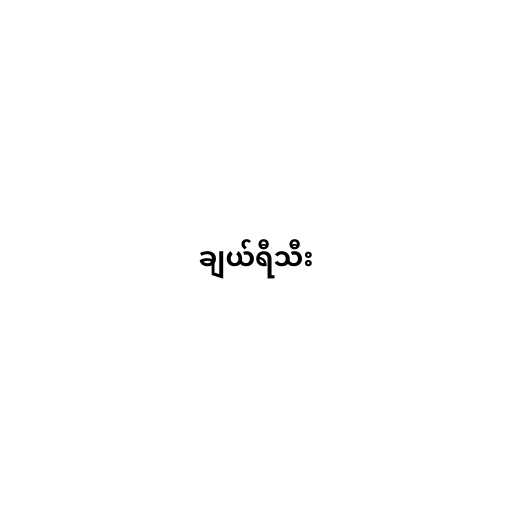
ချယ်ရီသီး